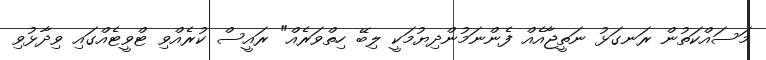
މަސައްކަތުން ރަނގަޅު ނަތީޖާއެއް ފެންނަމުންދިޔުމަކީ ލިބޭ ހިތްވަރެއް" ރައީސް ކުރެއްވި ޓްވީޓެއްގައި ވިދާޅުވި